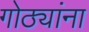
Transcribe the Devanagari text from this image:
गोठ्यांना